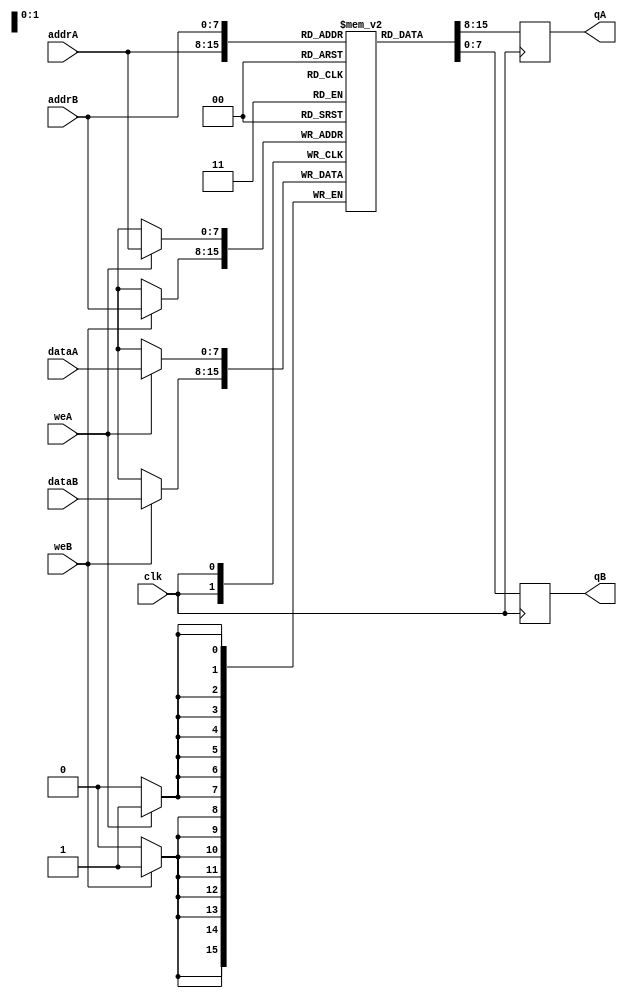
module dual_port_ram (
    input wire clk,
    input wire [7:0] addrA,
    input wire [7:0] addrB,
    input wire [7:0] dataA,
    input wire [7:0] dataB,
    input wire weA,
    input wire weB,
    output reg [7:0] qA,
    output reg [7:0] qB
);

reg [7:0] memory [0:255];

always @(posedge clk) begin
    if(weA)
        memory[addrA] <= dataA;
    if(weB)
        memory[addrB] <= dataB;
    
    qA <= memory[addrA];
    qB <= memory[addrB];
end

endmodule